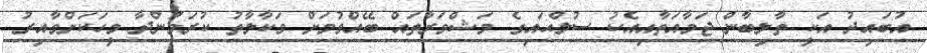
އުބައިދު އަކީ ތާލިބާން ޖަމާއަތާއިއެކު ސުލްޙައިގެ މަޝްވަރާތައް ބޭއްވުމަށް ވަކާލާތު ކުރަމުންދާ މީހަކަށްވާއިރު